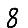
Digit: 8